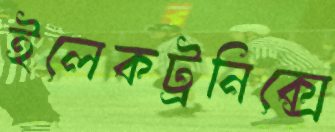
ইলেকট্রনিক্সে